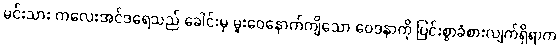
မင်းသား ကလေးအင်ဒရေသည် ခေါင်းမှ မူးဝေနောက်ကျိသော ဝေဒနာကို ပြင်းစွာခံစားလျက်ရှိရာက